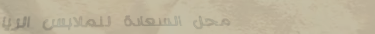
محل السعادة للملابس الريا